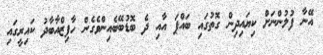
އޭނާ ފުލުންނަށް ކިޔައިދިން ގޮތުގައި ބައްޕަ އާއި ދެ ބޮޑުބޭބެއިންވެގެން ހާފިޒްއާބާދު ކައިރީގައި